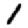
Digit: 1